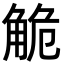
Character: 觤